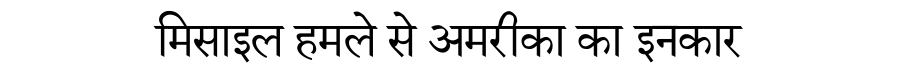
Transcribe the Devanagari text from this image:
मिसाइल हमले से अमरीका का इनकार